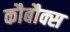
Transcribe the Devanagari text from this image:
कौबौक्स